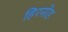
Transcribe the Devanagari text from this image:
हिरमोड